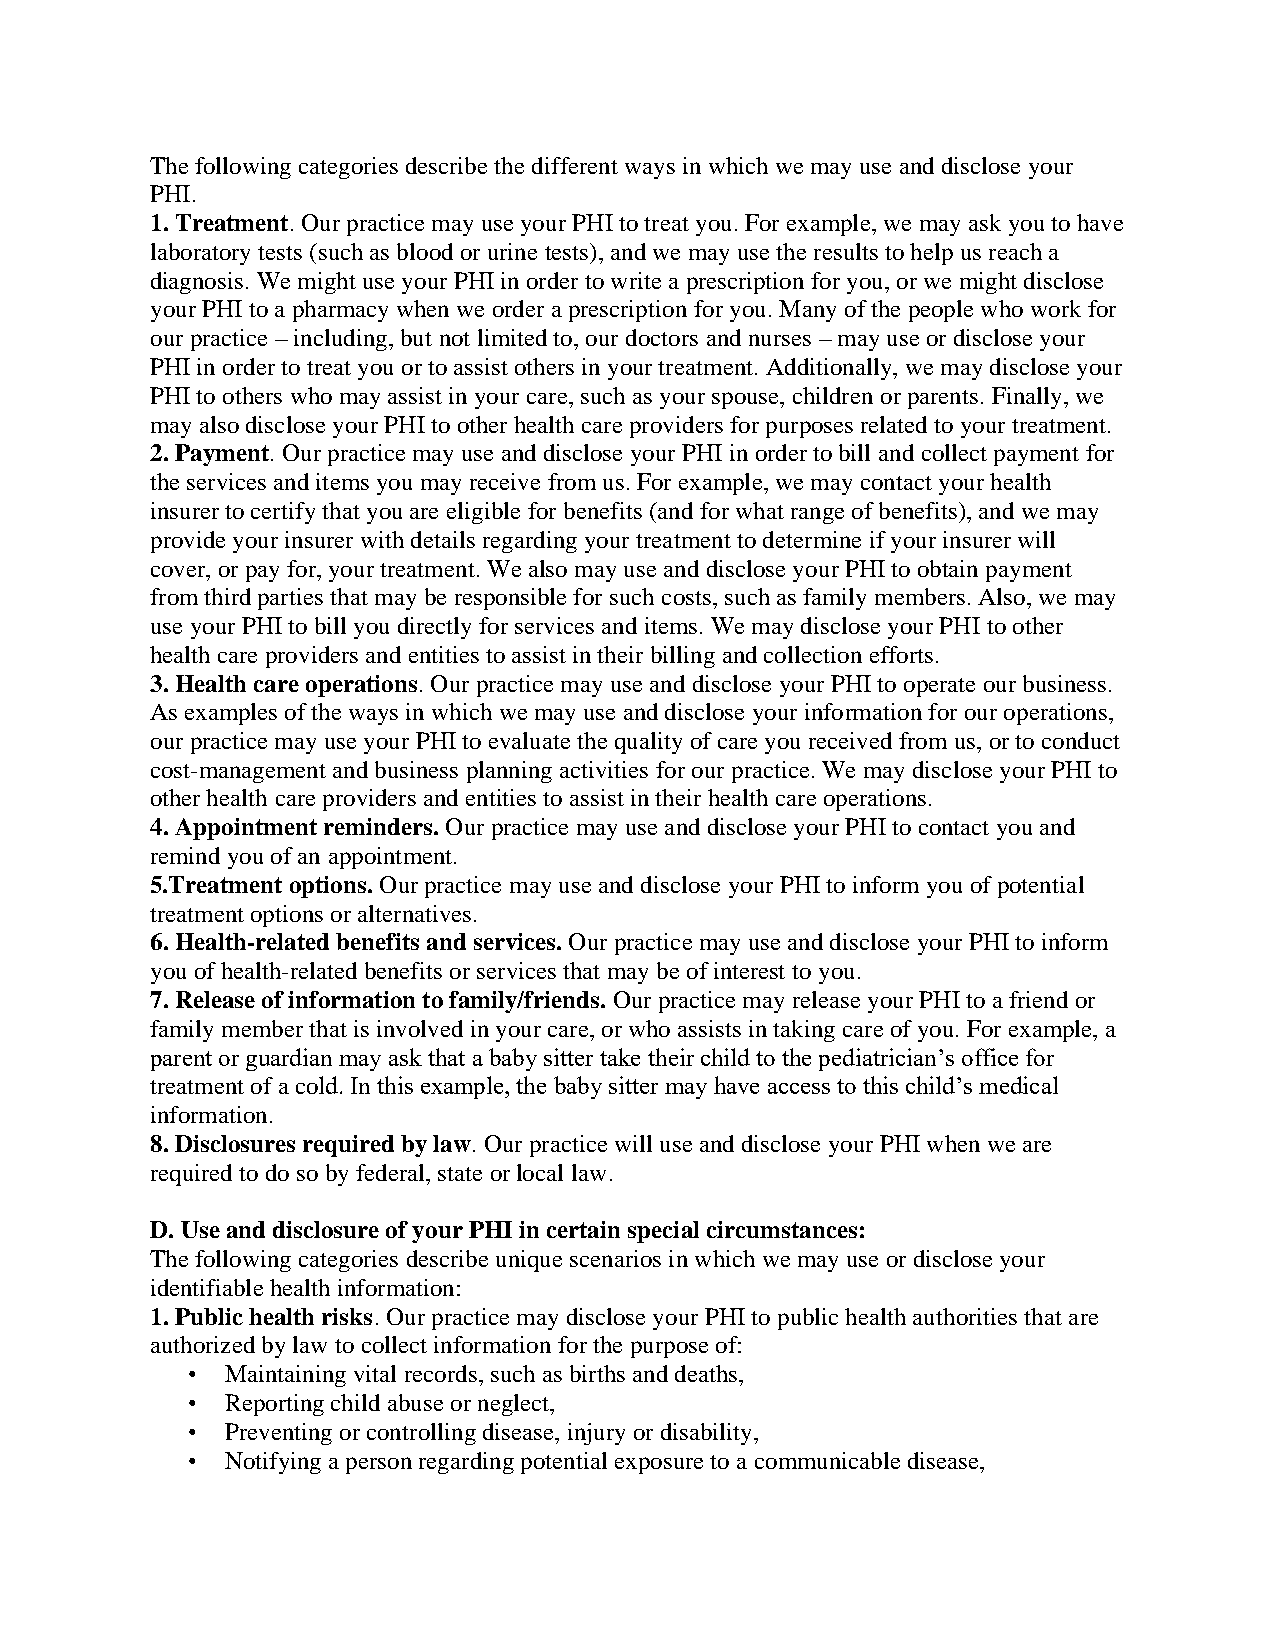
The following categories describe the different ways in which we may use and disclose your
 PHI.
 1. Treatment. Our practice may use your PHI to treat you. For example, we may ask you to have
 laboratory tests (such as blood or urine tests), and we may use the results to help us reach a
 diagnosis. We might use your PHI in order to write a prescription for you, or we might disclose
 your PHI to a pharmacy when we order a prescription for you. Many of the people who work for
 our practice – including, but not limited to, our doctors and nurses – may use or disclose your
 PHI in order to treat you or to assist others in your treatment. Additionally, we may disclose your
 PHI to others who may assist in your care, such as your spouse, children or parents. Finally, we
 may also disclose your PHI to other health care providers for purposes related to your treatment.
 2. Payment. Our practice may use and disclose your PHI in order to bill and collect payment for
 the services and items you may receive from us. For example, we may contact your health
 insurer to certify that you are eligible for benefits (and for what range of benefits), and we may
 provide your insurer with details regarding your treatment to determine if your insurer will
 cover, or pay for, your treatment. We also may use and disclose your PHI to obtain payment
 from third parties that may be responsible for such costs, such as family members. Also, we may
 use your PHI to bill you directly for services and items. We may disclose your PHI to other
 health care providers and entities to assist in their billing and collection efforts.
 3. Health care operations. Our practice may use and disclose your PHI to operate our business.
 As examples of the ways in which we may use and disclose your information for our operations,
 our practice may use your PHI to evaluate the quality of care you received from us, or to conduct
 cost-management and business planning activities for our practice. We may disclose your PHI to
 other health care providers and entities to assist in their health care operations.
 4. Appointment reminders. Our practice may use and disclose your PHI to contact you and
 remind you of an appointment.
 5.Treatment options. Our practice may use and disclose your PHI to inform you of potential
 treatment options or alternatives.
 6. Health-related benefits and services. Our practice may use and disclose your PHI to inform
 you of health-related benefits or services that may be of interest to you.
 7. Release of information to family/friends. Our practice may release your PHI to a friend or
 family member that is involved in your care, or who assists in taking care of you. For example, a
 parent or guardian may ask that a baby sitter take their child to the pediatrician’s office for
 treatment of a cold. In this example, the baby sitter may have access to this child’s medical
 information.
 8. Disclosures required by law. Our practice will use and disclose your PHI when we are
 required to do so by federal, state or local law.
 D. Use and disclosure of your PHI in certain special circumstances:
 The following categories describe unique scenarios in which we may use or disclose your
 identifiable health information:
 1. Public health risks. Our practice may disclose your PHI to public health authorities that are
 authorized by law to collect information for the purpose of:
 •  Maintaining vital records, such as births and deaths,
 •  Reporting child abuse or neglect,
 •  Preventing or controlling disease, injury or disability,
 •  Notifying a person regarding potential exposure to a communicable disease,